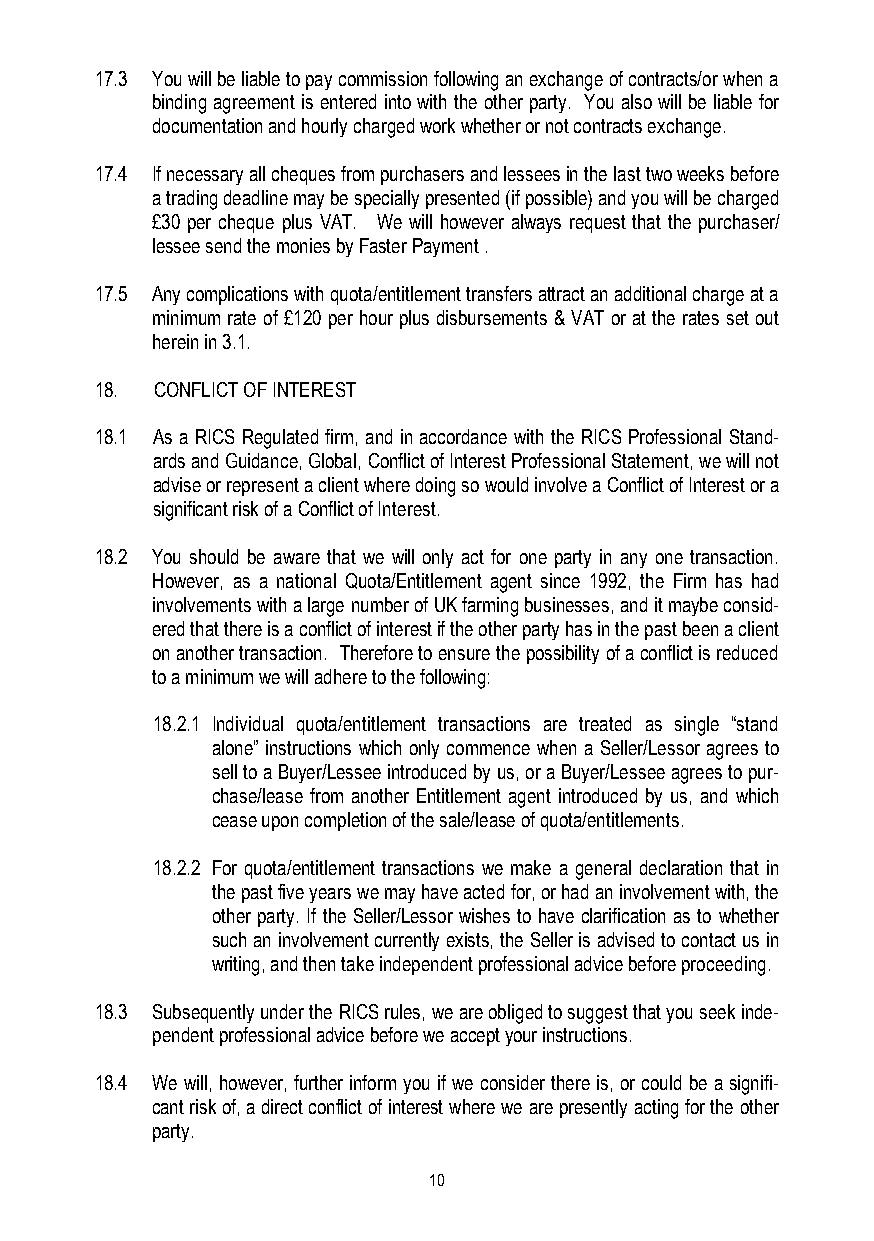
17.3 You will be liable to pay commission following an exchange of contracts/or when a
 binding agreement is entered into with the other party. You also will be liable for
 documentation and hourly charged work whether or not contracts exchange.
 17.4 If necessary all cheques from purchasers and lessees in the last two weeks before
 a trading deadline may be specially presented (if possible) and you will be charged
 £30 per cheque plus VAT. We will however always request that the purchaser/
 lessee send the monies by Faster Payment .
 17.5 Any complications with quota/entitlement transfers attract an additional charge at a
 minimum rate of £120 per hour plus disbursements & VAT or at the rates set out
 herein in 3.1.
 18. CONFLICT OF INTEREST
 18.1 As a RICS Regulated firm, and in accordance with the RICS Professional Stand-
 ards and Guidance, Global, Conflict of Interest Professional Statement, we will not
 advise or represent a client where doing so would involve a Conflict of Interest or a
 significant risk of a Conflict of Interest.
 18.2 You should be aware that we will only act for one party in any one transaction.
 However, as a national Quota/Entitlement agent since 1992, the Firm has had
 involvements with a large number of UK farming businesses, and it maybe consid-
 ered that there is a conflict of interest if the other party has in the past been a client
 on another transaction. Therefore to ensure the possibility of a conflict is reduced
 to a minimum we will adhere to the following:
 18.2.1 Individual quota/entitlement transactions are treated as single “stand
 alone” instructions which only commence when a Seller/Lessor agrees to
 sell to a Buyer/Lessee introduced by us, or a Buyer/Lessee agrees to pur-
 chase/lease from another Entitlement agent introduced by us, and which
 cease upon completion of the sale/lease of quota/entitlements.
 18.2.2 For quota/entitlement transactions we make a general declaration that in
 the past five years we may have acted for, or had an involvement with, the
 other party. If the Seller/Lessor wishes to have clarification as to whether
 such an involvement currently exists, the Seller is advised to contact us in
 writing, and then take independent professional advice before proceeding.
 18.3 Subsequently under the RICS rules, we are obliged to suggest that you seek inde-
 pendent professional advice before we accept your instructions.
 18.4 We will, however, further inform you if we consider there is, or could be a signifi-
 cant risk of, a direct conflict of interest where we are presently acting for the other
 party.
 10